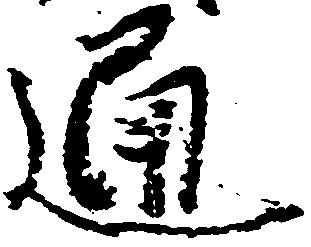
通